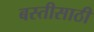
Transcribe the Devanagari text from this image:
बस्तीसाठी